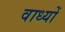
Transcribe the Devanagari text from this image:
वाध्यों